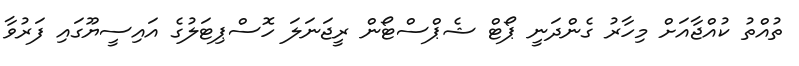
ތުއްތު ކުއްޖާއަށް މިހާރު ގެންދަނީ ޕޯޓް ޝެޕްސްޓޯން ރީޖަނަލަ ހޮސްޕިޓަލުގެ އައިސީޔޫގައި ފަރުވާ